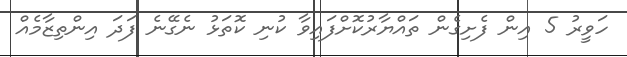
ހަވީރު 5 އިން ފެށިގެން ތައްޔާރުކޮށްފައިވާ ކުނި ކޮތަޅު ނެގޭނެ ފަދަ އިންތިޒާމެއް